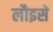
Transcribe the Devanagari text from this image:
लौइसे